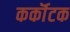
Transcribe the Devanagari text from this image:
कर्कॊटक